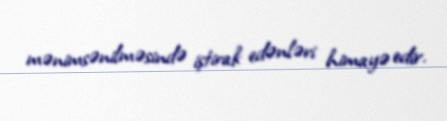
mənimsənilməsində iştirak edənləri himayə edir.